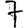
Digit: 7